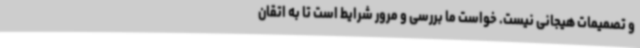
و تصمیمات هیجانی نیست. خواست ما بررسی و مرور شرایط است تا به اتقان